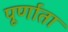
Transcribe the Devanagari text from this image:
पूर्णाता